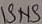
Text: ISNS